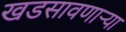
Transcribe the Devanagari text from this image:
खडसावणार्‍या